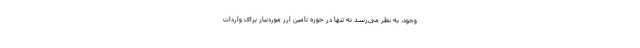
وجود، به نظر می‌رسد نه تنها در حوزه تامین ارز موردنیاز برای واردات